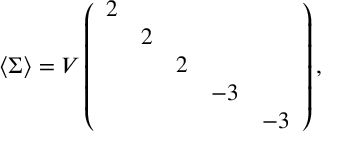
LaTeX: \langle \Sigma \rangle = V \left( \begin{array} { c c c c c } { { 2 } } & { { } } & { { } } & { { } } & { { } } \\ { { } } & { { 2 } } & { { } } & { { } } & { { } } \\ { { } } & { { } } & { { 2 } } & { { } } & { { } } \\ { { } } & { { } } & { { } } & { { - 3 } } & { { } } \\ { { } } & { { } } & { { } } & { { } } & { { - 3 } } \end{array} \right) ,